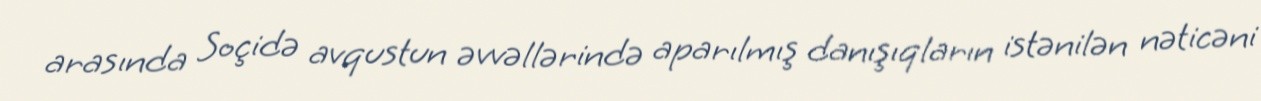
arasında Soçidə avqustun əvvəllərində aparılmış danışıqların istənilən nəticəni